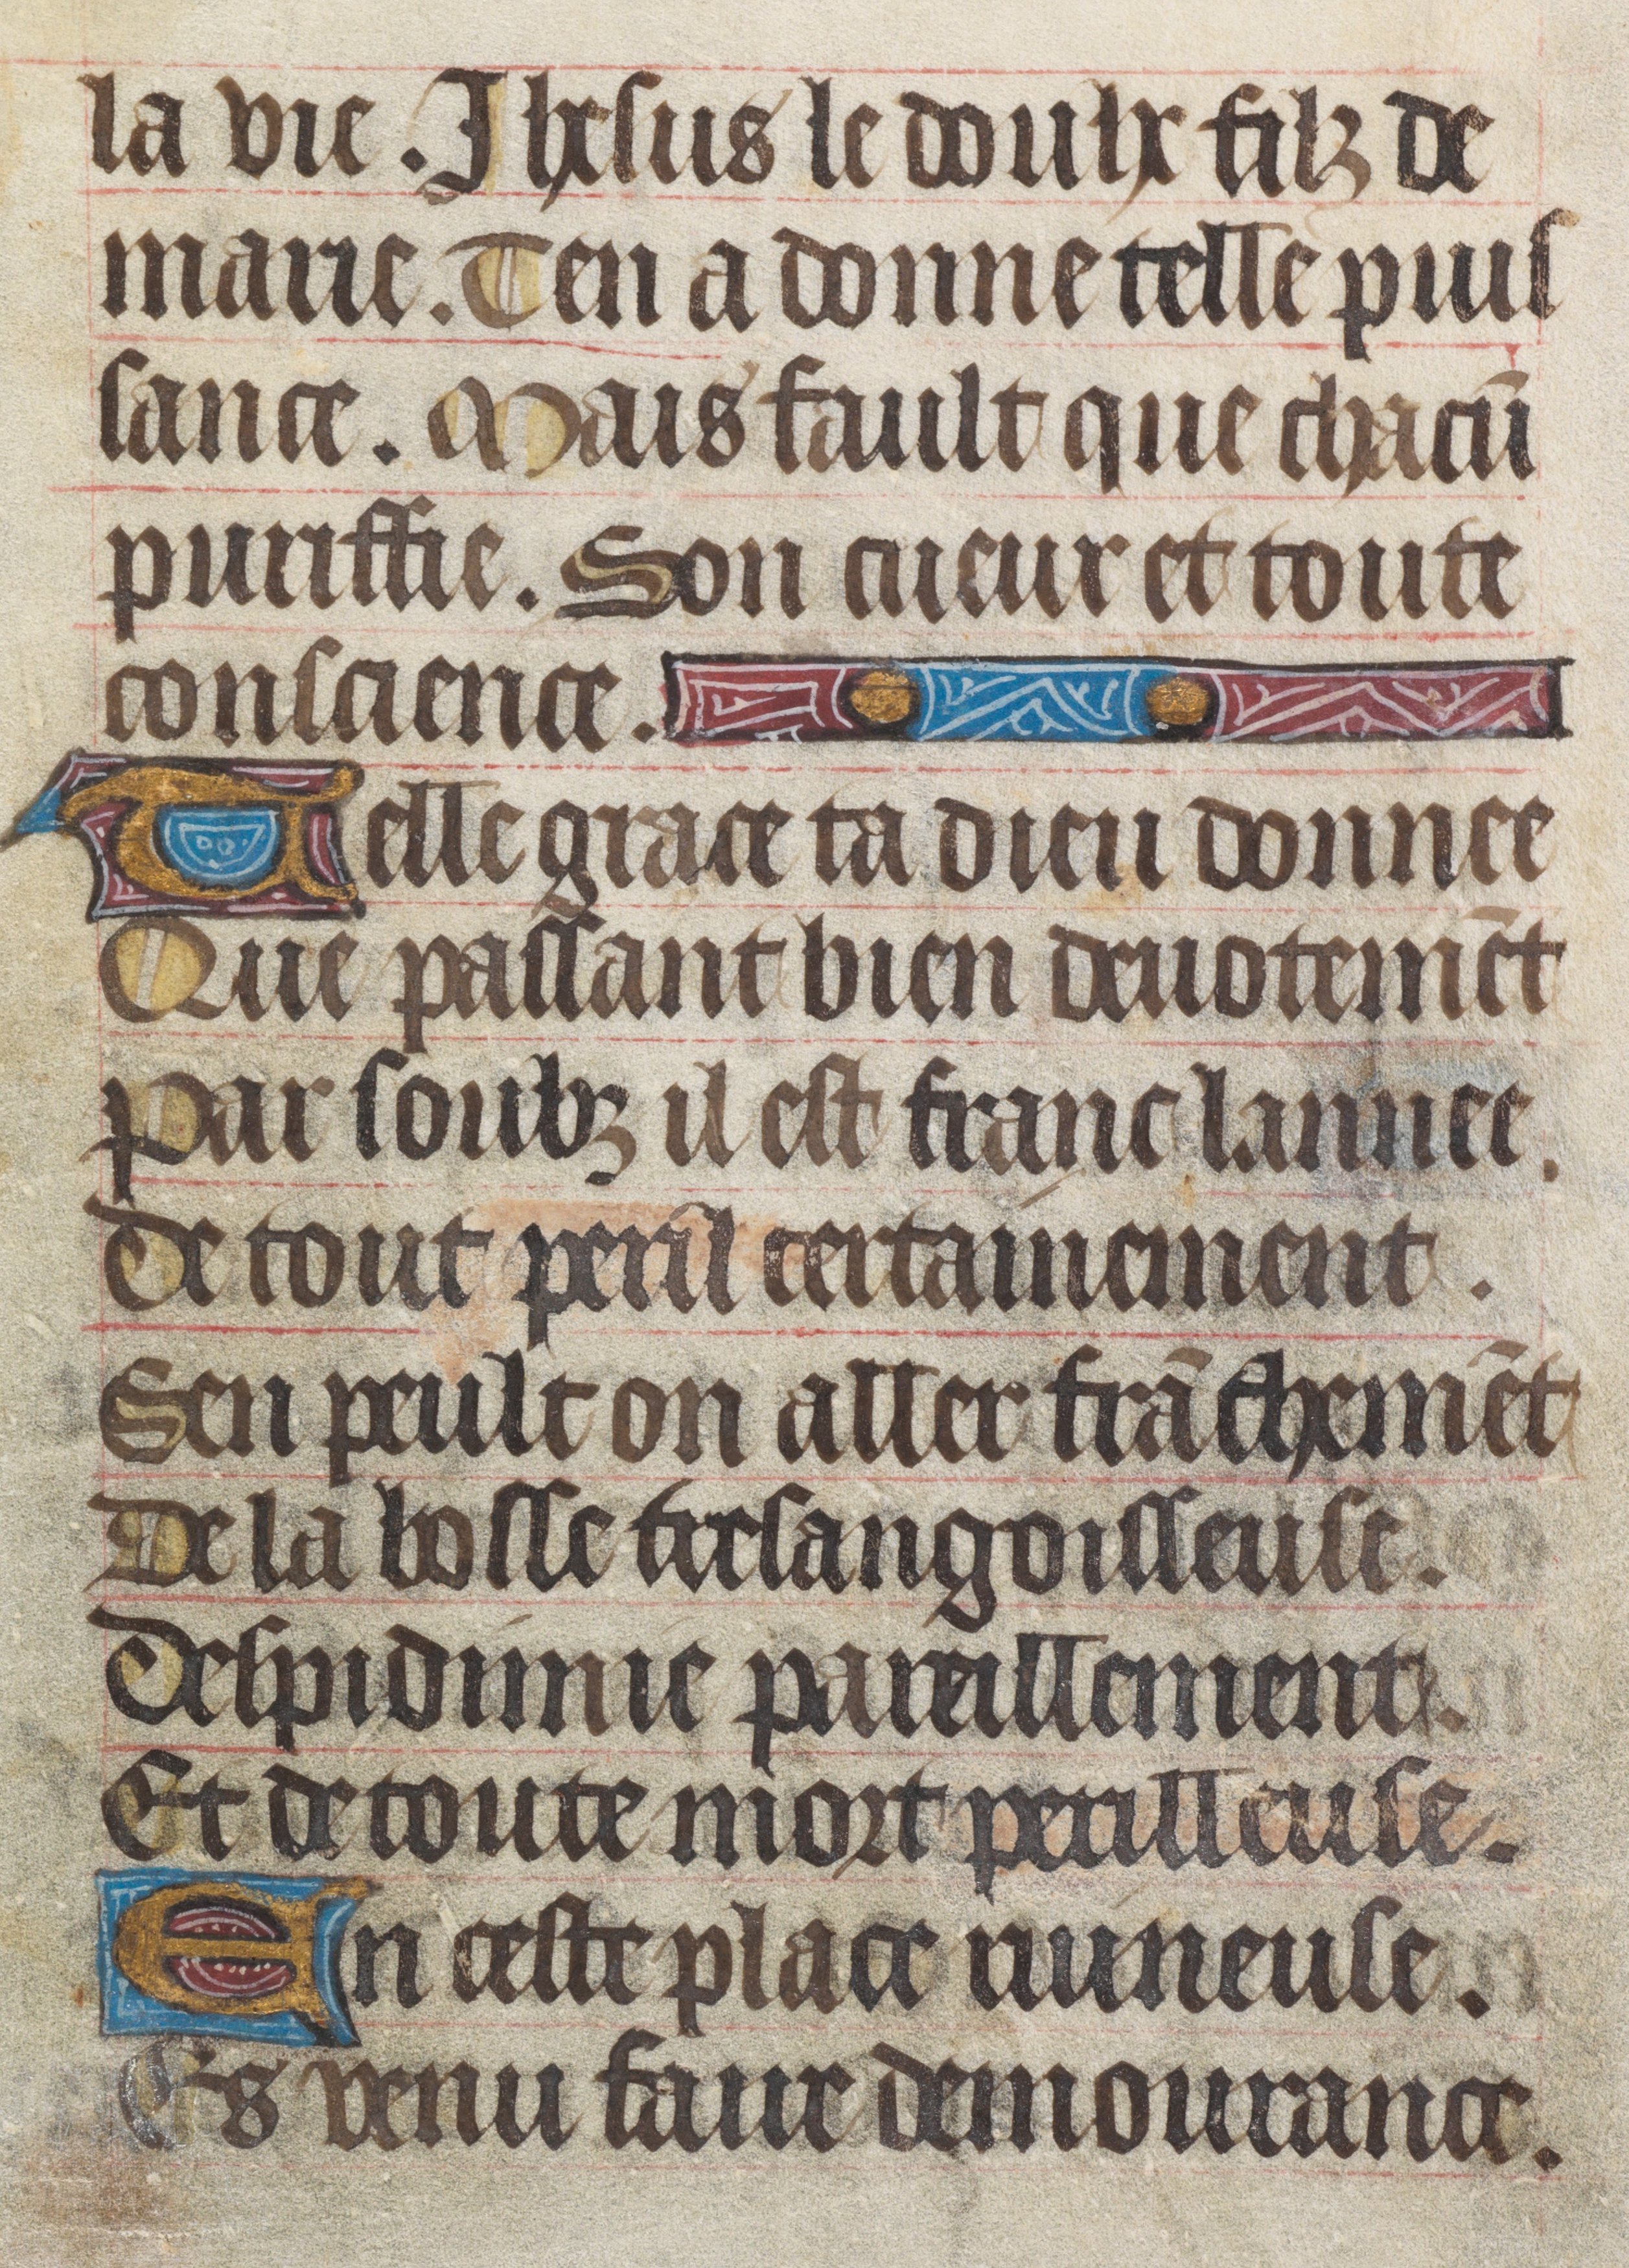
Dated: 1450–1499